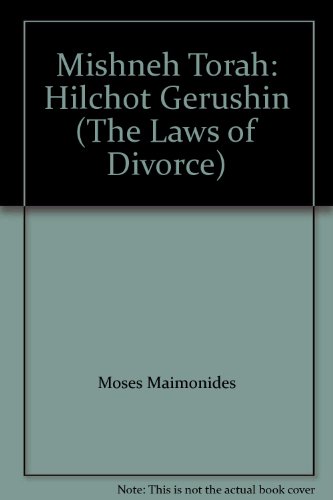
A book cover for Mishneh Torah: Hilchot Gerushin (The Laws of Divorce); Moses Maimonides; Law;